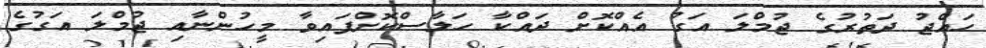
ހައްޖު ދަތުރުގެ ޖުމްލަ އަގު އެއްކޮށް ދައްކާ ހަލާސްކޮށްފައިވާ މީހުންނާއި ޖުމްލަ އަގުގެ